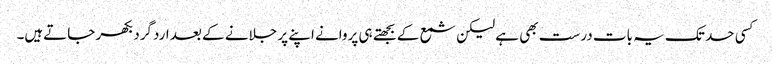
کسی حد تک یہ بات درست بھی ہے لیکن شمع کے بجھتے ہی پروانے اپنے پر جلانے کے بعد اردگرد بکھر جاتےہیں۔